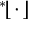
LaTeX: { } ^ { * } \! \lfloor \, \cdot \, \rfloor